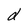
Character: d